Calcutta medical institutions reports 1871-78
Year: 1871
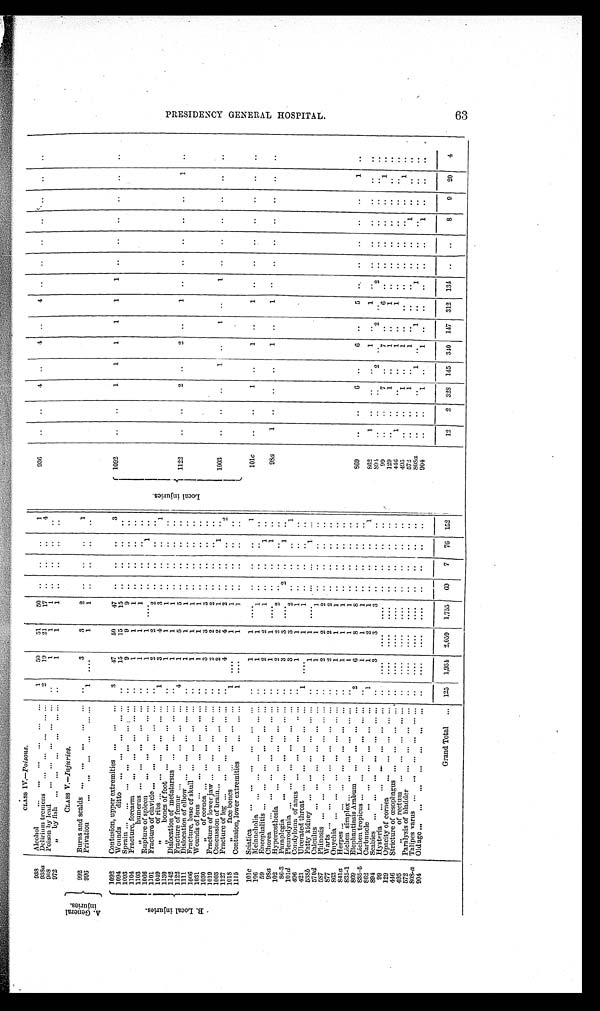
CLASS IV.—Poisons.
A . G e n e r a l
i n j u r i e s .
938
Al cohol . . . . . . . . . . . . . . . . . .
1
50
51
50
. . . .
. .
1
936
. . . .
4
. .
4
. .
4
. . . .
. .
. . . .
. .
. .
Delirium tremens ... ... ... ... ... ... ... ... ... ...
2
19
21
17
. . . .
. .
4
938a
Poi son by l ead ... ... ... ... ...
..
1
1
1 ..
..
..
..
9 0 8
972
" by fish ... ... ... ... ... ... ..
1
1
1 ..
..
..
..
CLASS V.—Injuries.
992
Burns and scalds... ... ... ... ...
..
3
3
2 ..
..
..
1
996
1
. . . .
1
1 ..
..
.. ..
Pr i vat i on. . . . . . . . . . . . . . . . . .
. B . L o c a l i n j u r i e s .
1092
Contusion, upper extremities ... ... ...
3
47
50
47 ..
..
..
3
L o c a l i n j u r i e s .
1092
. . . .
1
1
1
1
1
1
. .
. .
. . . .
. .
. .
1094
W o u n d s d i t t o . . . . . . . . . . . . . . .
..
15
15
15
..
. . ..
..
1093
Sprain... ... ... ... ... ... ...
. .
9
9
9 ..
. .
. . ..
1104
. .
1
1
1 ..
. . .. ..
Fracture, forearm... ... ... ... ...
1103
" humerus ... ... ... ... ...
. .
1
1
1 ..
. .
. . ..
1066
. .
1
1 ....
.. ..
1 ..
Rupture of spleen ... ... ... ... ...
1101 Fracture of clavicle ... ... ... ... ... ..
2
2
2 .. ..
. . ..
1049
"
of ribs ... ... ... ... ... ...
1
3
4
3 ..
. . ..
1
1130
" b o n e s o f f o o t
. .
1
1
1 ..
..
..
..
1142
Dislocation of metatarsus ... ... ... ...
..
1
1
1
.. ..
..
..
1122
. . . .
2 ..
2
_ ..
1 ..
..
..
..
. .
1 ..
1 1 2 2
Fracture of femur ... ... ... ... ...
4
1
5
5
. .
. . .. ..
I 1111
Dislocation of elbow ... ... ... ... ...
I 10
6
6
. . . .
1
1
1 ..
..
..
.. •
1 0 6 6 Fracture, base of skull... ... ... ...
_.
. .
1
1
1
. . . .
. . ..
1031
..
1
1
1 ..
. .
. .
. .
Wounds of lens ... ... ... ... ... ...
1030
,,of cornea ... ... ... . . ... • •
3
3
3
. . . .
. .
. .
1019
. .
2
2
2 ..
. .
. . ..
Fracture of lower jaw ... ... ... ...
1003
Concussion of brain... ... ... ... ...
. .
2
2
1
. . ..
1 ..
1003
. . . .
. .
1 ..
1 ..
1 ..
.. ..
..
..
..
1127 Fracture of leg... ... ... ... ...
.. 4
4
2
. . ..
..
2
1018
" f a c e b o n e s . . .
. . .
. . .
. . . 1
. . . .
1
1 ..
. .
. . ..
1115
Contusion, lower extremities
...
1
. . . .
1
1 ..
. .
. .
. .
101c Sciatica
..
1
1
. . . . .. . .
....
1
101c
..
..
1 ..
1 ..
1 ..
..
..
..
..
..
..
1
1
106
Melancholia ... ... ... ... ...
. .
1
. . . .
.. ..
59
. .
2
2
1 ..
..
1 ..
Encephalitis ... ... .. ... ... ...
1
1
1
98a
98a
Chorea ... ... ... ... ... ... ...
. .
1
1
. . . . .. ..
1
. .
. . . .
..
..
. . ..
. .
. . . .
. .
. .
102 Hyperæsthesia... ... ... ... ••• •••
. .
2
2
2
. .
. .
. . ..
86-3 Paraplegia
3
3
. . . . 2 ..
1 ..
101d Pleurodynia ... ... .. ... ... ,..
..
3
3
2 ..
. .
. .
1
496
Condyloma of anus ... ... ... .. ...
. .
1
1
1
. . ..
. . ..
421
Ulcerated throat ... ..
... ... ... 1
. . . .
1
1
. .
. .
. . ..
538b
Fatty kidney...
... ... ... ... ... ..
1
1
. . . . ...
. . .
1 ...
570d Calculus
... ... ... ... ... ...
. .
1
1
1
. .
. .
. . ..
5 8 7
Phinosis ... ... ... ... ... ... ... ..
2
2
2
. . . .
. .
. .
877 Warts ... ... ... ... ... ... ...
..
2
2
2 .. ..
. . ' ..
863
Onychia ... ... ... ... ... ... ...
. .
1
1
1 ..
. .
. .
. .
841a
Herpes ... ... ... . . . . . .
..
1
1
1 ..
. .
. .
. .
835-1 Lichen simplex ... ... ... ... ... ... ..
I
1
1
. . . .
. .
. .
8 6 2
Elephantiasis Arabum .. ... ... ...
2
6
8
8
. . . .
. . ..
869
. . . .
6
. . . 6
. .
5 ..
. .
. .
. . . .
1
. .
835-5 Lichen tropicus ... ... ... ... ... ... ..
1
1
1
. . . .
. .
. .
862
Carbuncle ... ... ... ... ... ...
1
1
2
1
. . . .
. .
. . .
1
862
1 ..
. .
. .
1 ..
1 ..
..
. .
. .
. .
. .
. .
. .
2
894
Scabies
..
3
3
3
. . . .
. .
. .
8 9 4
..
. . . .
2
. .
..
2 ..
..
..
..
.. ..
7
6
7
99
Hysteria
..
....
....
....
.. ..
..
.. .
. .
99
..
. .
..
..
..
. . ..
..
..
1 ..
129
Opacity of cornea
... ... ... ... ... ..
....
....
....
..
..
..
..
129
..
. .
1 ..
1 ..
1 ..
..
. . ..
..
.. ..
446
Stricture of œsophagus ... ... ... ... ..
....
....
....
. .
..
..
4 4 6
1
. . . .
..
1 ..
1 ..
. . ..
.. ..
..
..
495
" o f r e c t u m
. . .
. . .
. . .
. . .
. . . ..
.... .. ..
....
. . . .
. .
. .
495
..
. .
1 ..
1 ..
. .
. . . .
. .
. .
. .
1
. .
572
Paral ysi s of bl adder ... ... ... ... ...
..
. . . .
. . . .
....
.. ..
..
..
572
. . ..
1 ..
1 ..
..
..
. . ..
1 .. .. ..
8 0 8 -
a Talipes varns ... ... ... ... ... ...
. . ....
....
....
..
. .
..
..
808a
..
..
. .
1
. .
1
. .
1 ..
. .
..
. . ..
..
Old age ... ... ... .. ... ...
9 0 4
.. ....
....
. . . .
. . . .
. . ..
904
..
. .
1
. .
1 ..
. .
..
. . . . 1
. .
. .
..
Grand Total ... 125
1 , 9 3 4 2,059 1,755 69
7 76 152
12
2 328 145 340 147 312 134 . .
. .
8
9 20
4
PRESIDENCY
GENERAL HOSPI T AL .
63